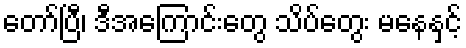
တော်ပြီ၊ ဒီအကြောင်းတွေ သိပ်တွေး မနေနှင့်